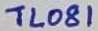
Text: TL081